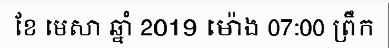
ខែ មេសា ឆ្នាំ 2019 ម៉ោង 07:00 ព្រឹក